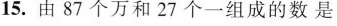
15.由87个万和27个一组成的数是